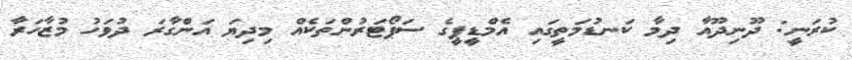
ކުރަނީ: ދޫނިދޫއާ ދިމާ ކަނޑުމަތީގައި އެމްޑީޕީގެ ސަޕޯޓަރުންތަކެއް މިދިޔަ އަންގާރަ ދުވަހު މުޒާހަރާ